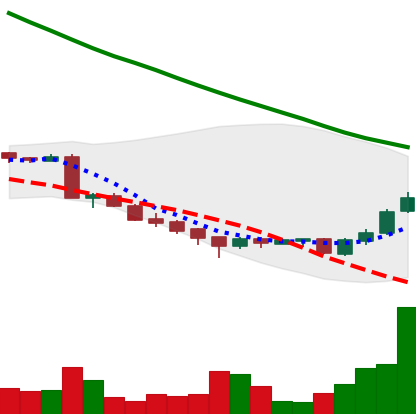
Ticker: ADA-USD
Chart end date: 2018-09-21
Forward return: -9.28%
Label: down_7plus